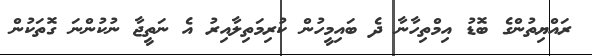
ރައްޔިތުންގެ ބޮޑު އިމްތިހާނާ ދެ ބައިމީހުން ކުރިމަތިލާއިރު އެ ނަތީޖާ ނުކުންނަ ގޮތަކުން